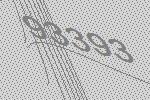
93393